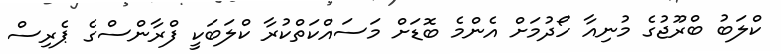
ކްލަބު ބްރޫޖުގެ މުނިއާ ހޯދުމަށް އެންމެ ބޮޑަށް މަސައްކަތްކުރާ ކްލަބަކީ ފްރާންސްގެ ޕެރިސް